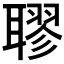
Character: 𦗖